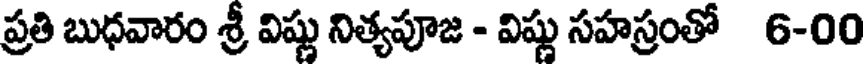
ప్రతి బుధవారం శ్రీ విష్ణు నిత్యపూజ - విష్ణు సహస్రంతో 6-00